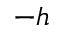
- h